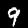
Digit: 9